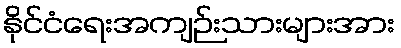
နိုင်ငံရေးအကျဉ်းသားများအား